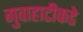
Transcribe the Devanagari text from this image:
गुवाहाटीकडे